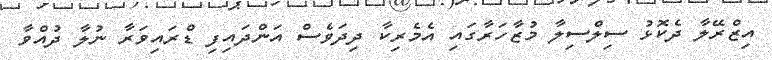
އިޒްރޭލާ ދެކޮޅު ސިލްސިލާ މުޒާހަރާގައި އެމެރިކާ ދިދަވެސް އަންދައިފި ޑްރައިވަރާ ނުލާ ދުއްވާ